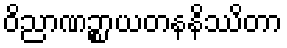
ဝိညာဏဉ္စာယတနနိဿိတာ